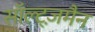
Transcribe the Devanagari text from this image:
सॉल्ट्ज़मैन